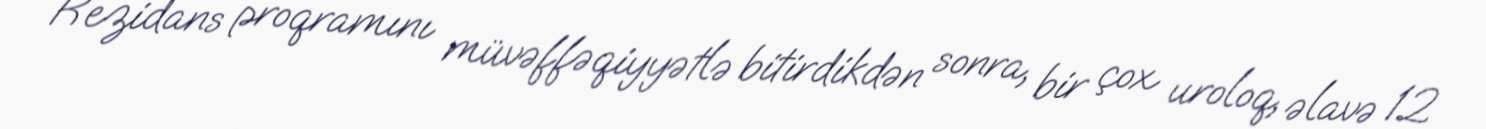
Rezidans proqramını müvəffəqiyyətlə bitirdikdən sonra, bir çox uroloq, əlavə 12